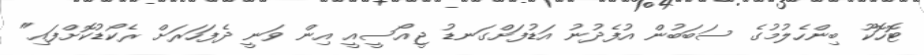
ޓޮހޮކޫ ބިންހެލުމުގެ ސަބަބުން އުފެދުނު އަޑުފަށްގަނޑު ޖީއޯސީއީ އިން ވަނީ ދެފަހަރަށް ރެކޯޑުކޮށްފައި"